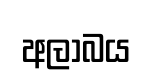
අලාබය